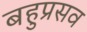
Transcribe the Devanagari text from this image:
बहुप्रसव